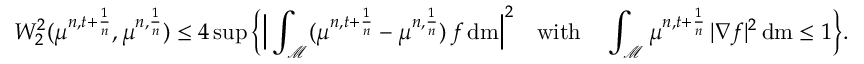
W _ { 2 } ^ { 2 } ( \mu ^ { n , t + \frac { 1 } { n } } , \mu ^ { n , \frac { 1 } { n } } ) \leq 4 \operatorname* { s u p } \bigg \{ \Big \vert \int _ { \mathcal { M } } ( \mu ^ { n , t + \frac { 1 } { n } } - \mu ^ { n , \frac { 1 } { n } } ) \, f \, \mathrm { d } \mathrm { m } \Big \vert ^ { 2 } \quad \mathrm { w i t h } \quad \int _ { \mathcal { M } } \mu ^ { n , t + \frac { 1 } { n } } \, \vert \nabla f \vert ^ { 2 } \, \mathrm { d } \mathrm { m } \leq 1 \bigg \} .